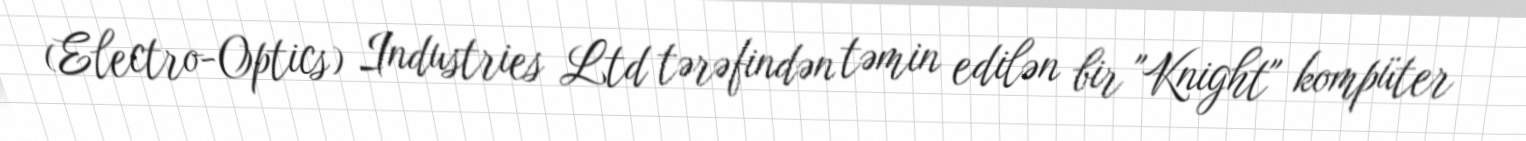
(Electro-Optics) Industries Ltd tərəfindən təmin edilən bir "Knight" kompüter